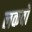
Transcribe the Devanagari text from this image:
लकवो